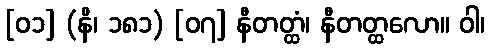
[၀၁] (နိ၊ ၁၈၁) [၀၇] နီတတ္ထံ၊ နီတတ္ထလော။ ဝါ၊